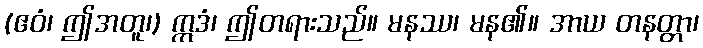
(ဧဝံ၊ ဤအတူ၊) ဣဒံ၊ ဤတရားသည်။ မနဿ၊ မန၏။ အာယ တနတ္တာ၊